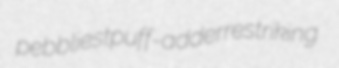
pebbliest puff-adder restriking